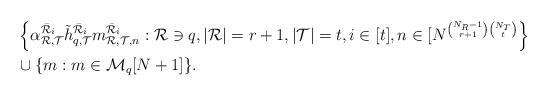
LaTeX: \begin{align*}&\left\{\alpha_{{\mathcal{R}},{\mathcal{T}}}^{\bar{\mathcal{R}}_i}\tilde{h}_{q,\mathcal{T}}^{\bar{\mathcal{R}}_i}m_{{\mathcal{R}},{\mathcal{T}},n}^{\bar{\mathcal{R}}_i}:\mathcal{R}\ni q,|\mathcal{R}|=r+1,|\mathcal{T}|=t,i\in[t],n\in[N^{\binom{N_R-1}{r+1}\binom{N_T}{t}}\right\}\\&\cup\{m:m\in\mathcal{M}_q[N+1]\}.\end{align*}